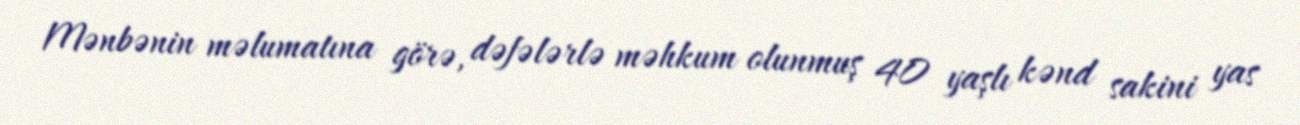
Mənbənin məlumatına görə, dəfələrlə məhkum olunmuş 40 yaşlı kənd sakini yas